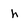
Character: h